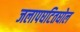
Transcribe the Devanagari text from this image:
जलापघटितघोल